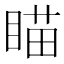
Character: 瞄